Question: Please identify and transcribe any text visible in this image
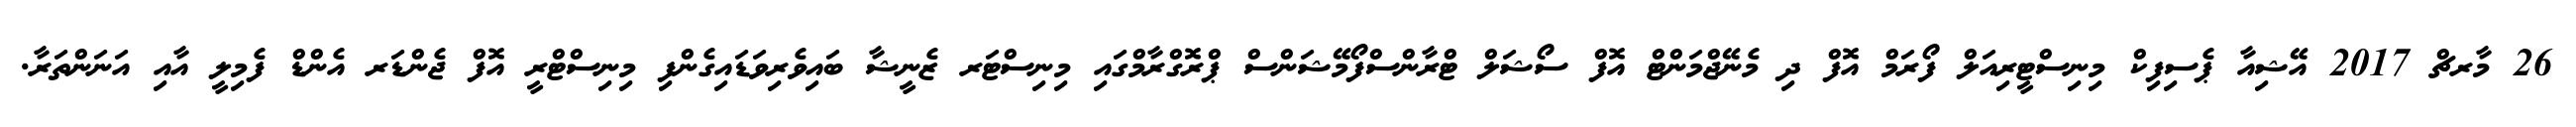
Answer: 26 މާރޗް 2017 އޭޝިއާ ޕެސިފިކް މިނިސްޓީރިއަލް ފޯރަމް އޮފް ދި މެނޭޖްމަންޓް އޮފް ސޯޝަލް ޓްރާންސްފޯމޭޝަންސް ޕްރޮގްރާމްގައި މިނިސްޓަރ ޒެނީޝާ ބައިވެރިވަޑައިގެންފި މިނިސްޓްރީ އޮފް ޖެންޑަރ އެންޑް ފެމިލީ އާއި އަނަންތަރާ.